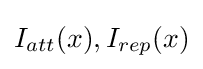
I_{att}(x),I_{rep}(x)